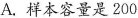
A. 样本容量是200